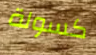
كسولة